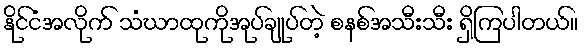
နိုင်ငံအလိုက် သံဃာထုကိုအုပ်ချုပ်တဲ့ စနစ်အသီးသီး ရှိကြပါတယ်။